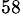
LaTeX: ^{58}